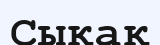
Сықақ